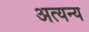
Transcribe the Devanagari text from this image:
अत्यन्य